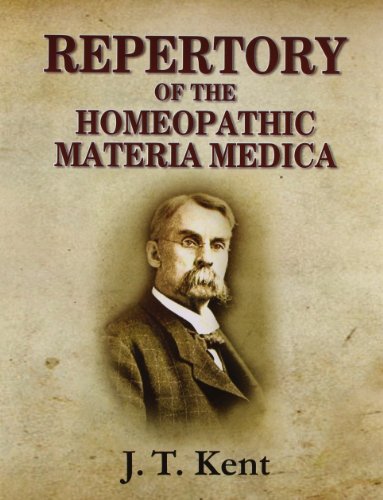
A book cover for Repertory of the Homeopathic Materia Medica; James Tyler Kent; Health, Fitness & Dieting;